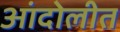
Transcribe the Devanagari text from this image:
आंदोलीत